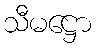
သီမဋ္ဌော